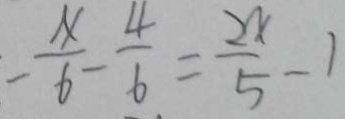
- \frac { x } { 6 } - \frac { 4 } { 6 } = \frac { 2 x } { 5 } - 1